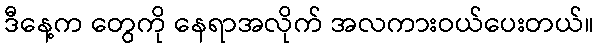
ဒီနေ့က တွေကို နေရာအလိုက် အလကားဝယ်ပေးတယ်။